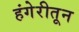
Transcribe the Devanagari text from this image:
हंगेरीतून